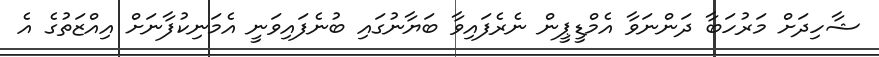
ޝާހިދަށް މަރުހަބާ ދަންނަވާ އެމްޑީޕީން ނެރެފައިވާ ބަޔާނުގައި ބުނެފައިވަނީ އެމަނިކުފާނަށް އިއްޒަތުގެ އެ